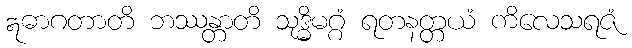
ဣဓာဂတာတိ ဘဿန္တာတိ သုဒ္ဓိမဂ္ဂံ ရတနတ္တယံ ကိလေသရဇံ